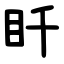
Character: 䀒